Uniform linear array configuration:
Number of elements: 32
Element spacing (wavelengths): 0.75
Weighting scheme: exponential
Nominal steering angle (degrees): -30
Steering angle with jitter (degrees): -31.924
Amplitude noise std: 0.05
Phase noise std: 0.05

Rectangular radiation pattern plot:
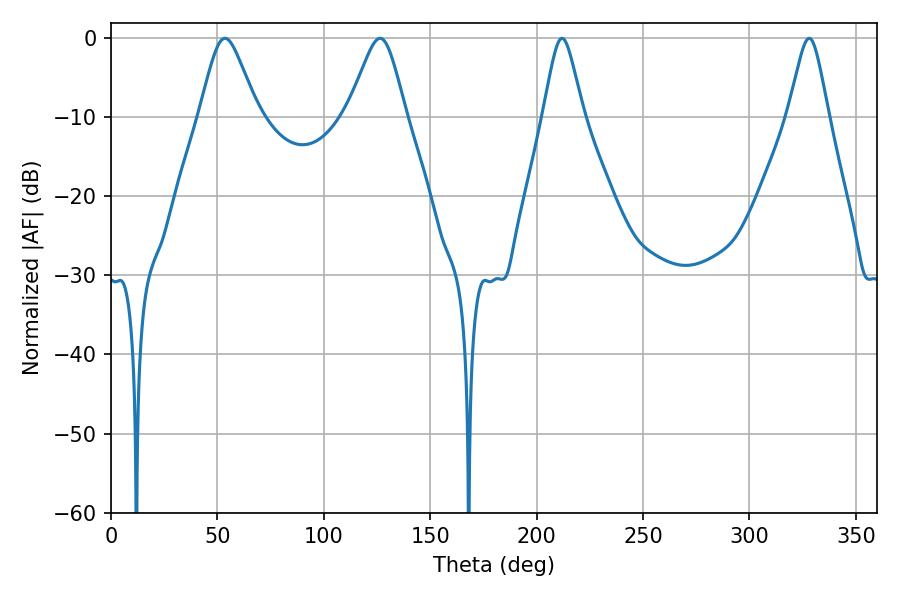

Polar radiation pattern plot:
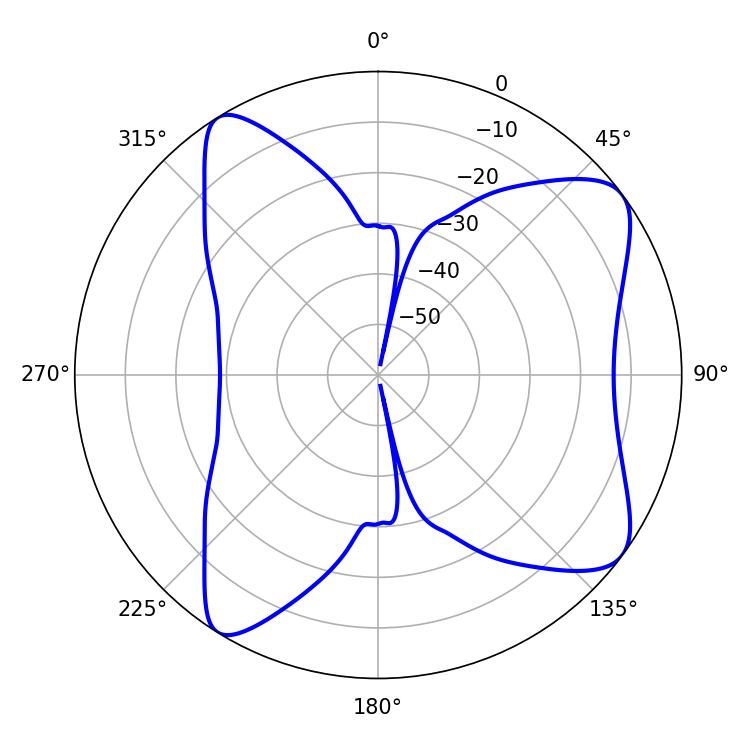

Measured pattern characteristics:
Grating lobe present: TRUE
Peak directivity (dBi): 8.738
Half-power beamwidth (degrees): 13.14
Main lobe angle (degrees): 53.64